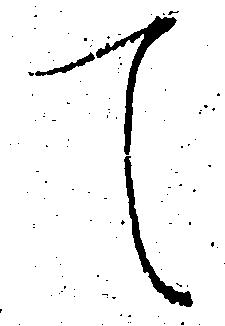
て